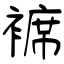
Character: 褯